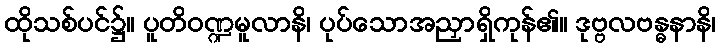
ထိုသစ်ပင်၌။ ပူတိဝဏ္ဍမူလာနိ၊ ပုပ်သောအညှာရှိကုန်၏။ ဒုဗ္ဗလဗန္ဓနာနိ၊